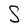
Character: S